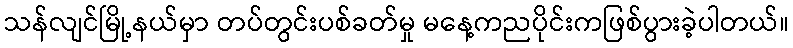
သန်လျင်မြို့နယ်မှာ တပ်တွင်းပစ်ခတ်မှု မနေ့ကညပိုင်းကဖြစ်ပွားခဲ့ပါတယ်။